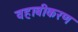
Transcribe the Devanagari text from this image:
वहाबीकरण